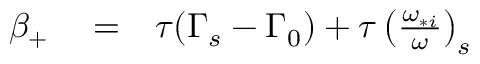
\begin{array} { r l r } { \beta _ { + } } & { { } = } & { \tau ( \Gamma _ { s } - \Gamma _ { 0 } ) + \tau \left( \frac { \omega _ { * i } } { \omega } \right) _ { s } } \end{array}